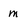
Character: m